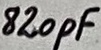
Text: 820pF